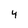
Character: 4